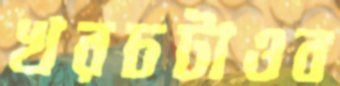
খরচটাওব